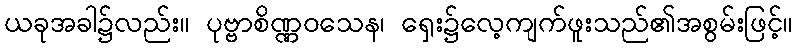
ယခုအခါ၌လည်း။ ပုဗ္ဗာစိဏ္ဏဝသေန၊ ရှေး၌လေ့ကျက်ဖူးသည်၏အစွမ်းဖြင့်။